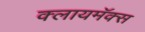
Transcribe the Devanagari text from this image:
क्लायमॅक्स